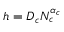
h = D _ { c } N _ { c } ^ { \alpha _ { c } }